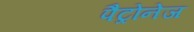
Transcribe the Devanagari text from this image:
पैट्रोनेज